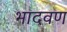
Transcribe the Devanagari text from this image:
भादवण